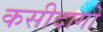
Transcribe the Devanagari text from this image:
कसीदागो